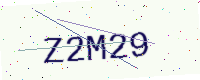
Text: Z2M29